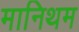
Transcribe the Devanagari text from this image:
मानिथम